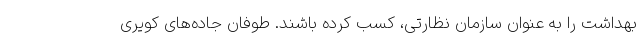
بهداشت را به عنوان سازمان نظارتی، کسب کرده باشند. طوفان جاده‌های کویری